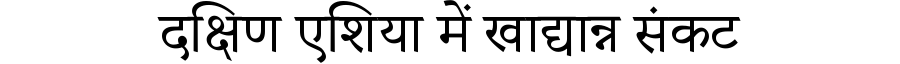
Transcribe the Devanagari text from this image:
दक्षिण एशिया में खाद्यान्न संकट